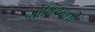
ભોમિયાની